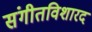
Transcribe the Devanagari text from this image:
संगीतविशारद